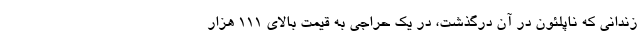
زندانی که ناپلئون در آن درگذشت، در یک حراجی به قیمت بالای ۱۱۱ هزار